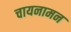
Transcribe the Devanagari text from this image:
चायनामन